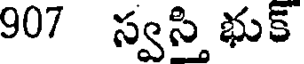
907 స్వస్తి భుక్